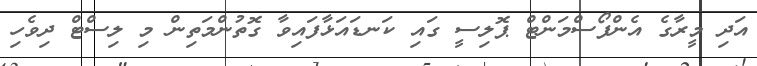
އަދި މީރާގެ އެންފޯސްމަންޓް ޕޮލިސީ ގައި ކަނޑައަޅާފައިވާ ގޮތުންމަތިން މި ލިސްޓް ދިވެހި